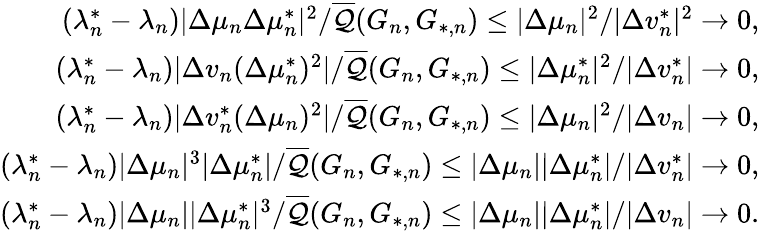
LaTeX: \begin{array}{r}{(\lambda_{n}^{*}-\lambda_{n})|\Delta\mu_{n}\Delta\mu_{n}^{*}|^{2}/\overline{{\mathcal{Q}}}(G_{n},G_{*,n})\leq|\Delta\mu_{n}|^{2}/|\Delta v_{n}^{*}|^{2}\to 0,}\\ {(\lambda_{n}^{*}-\lambda_{n})|\Delta v_{n}(\Delta\mu_{n}^{*})^{2}|/\overline{{\mathcal{Q}}}(G_{n},G_{*,n})\leq|\Delta\mu_{n}^{*}|^{2}/|\Delta v_{n}^{*}|\to 0,}\\ {(\lambda_{n}^{*}-\lambda_{n})|\Delta v_{n}^{*}(\Delta\mu_{n})^{2}|/\overline{{\mathcal{Q}}}(G_{n},G_{*,n})\leq|\Delta\mu_{n}|^{2}/|\Delta v_{n}|\to 0,}\\ {(\lambda_{n}^{*}-\lambda_{n})|\Delta\mu_{n}|^{3}|\Delta\mu_{n}^{*}|/\overline{{\mathcal{Q}}}(G_{n},G_{*,n})\leq|\Delta\mu_{n}||\Delta\mu_{n}^{*}|/|\Delta v_{n}^{*}|\to 0,}\\ {(\lambda_{n}^{*}-\lambda_{n})|\Delta\mu_{n}||\Delta\mu_{n}^{*}|^{3}/\overline{{\mathcal{Q}}}(G_{n},G_{*,n})\leq|\Delta\mu_{n}||\Delta\mu_{n}^{*}|/|\Delta v_{n}|\to 0.}\end{array}